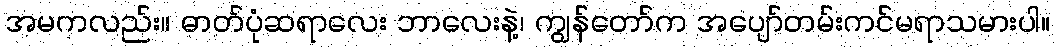
အမကလည်း။ ဓာတ်ပုံဆရာလေး ဘာလေးနဲ့၊ ကျွန်တော်က အပျော်တမ်းကင်မရာသမားပါ။